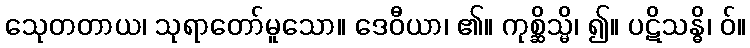
သေုတတာယ၊ သုရာတော်မူသော။ ဒေဝီယာ၊ ၏။ ကုစ္ဆိသ္မိ၊ ၍။ ပဋိသန္ဓိ၊ ဝ်။